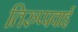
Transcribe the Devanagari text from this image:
तिरुप्पवाई